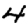
Digit: 4